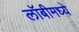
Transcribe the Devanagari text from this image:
लॉबीमध्ये